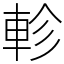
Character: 軫